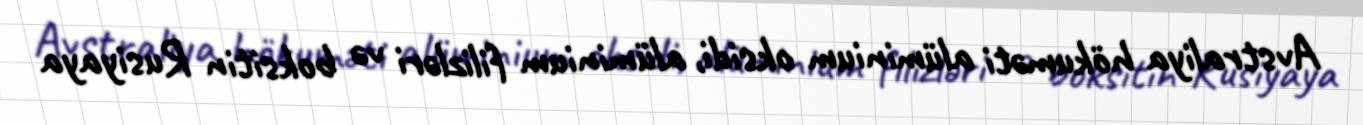
Avstraliya hökuməti alüminium oksidi, alüminium filizləri və boksitin Rusiyaya